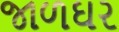
જાળઘર